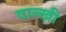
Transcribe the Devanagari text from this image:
वाल्खी